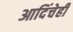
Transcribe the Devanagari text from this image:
आदिंचेही